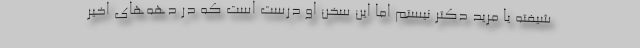
شیفته یا مرید دکتر نیستم اما این سخن او درست است که در دهه‌های اخیر